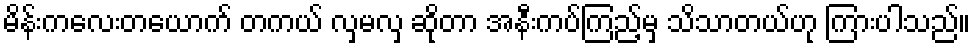
မိန်းကလေးတယောက် တကယ် လှမလှ ဆိုတာ အနီးကပ်ကြည့်မှ သိသာတယ်ဟု ကြားပါသည်။